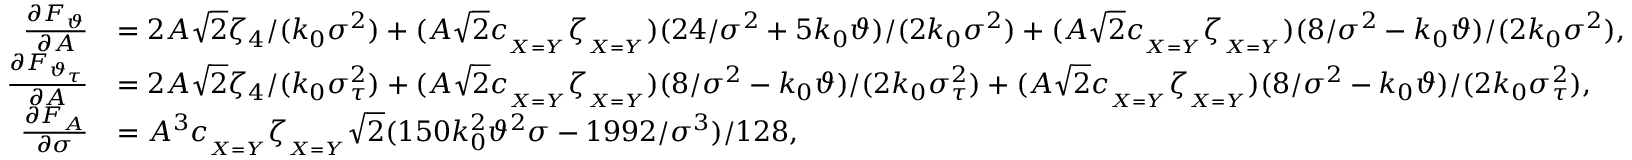
\begin{array} { r l } { \frac { \partial F _ { \vartheta } } { \partial A } } & { = 2 A \sqrt { 2 } \zeta _ { 4 } / ( k _ { 0 } \sigma ^ { 2 } ) + ( A \sqrt { 2 } c _ { _ { X = Y } } \zeta _ { _ { X = Y } } ) ( 2 4 / \sigma ^ { 2 } + 5 k _ { 0 } \vartheta ) / ( 2 k _ { 0 } \sigma ^ { 2 } ) + ( A \sqrt { 2 } c _ { _ { X = Y } } \zeta _ { _ { X = Y } } ) ( 8 / \sigma ^ { 2 } - k _ { 0 } \vartheta ) / ( 2 k _ { 0 } \sigma ^ { 2 } ) , } \\ { \frac { \partial F _ { \vartheta _ { \tau } } } { \partial A } } & { = 2 A \sqrt { 2 } \zeta _ { 4 } / ( k _ { 0 } \sigma _ { \tau } ^ { 2 } ) + ( A \sqrt { 2 } c _ { _ { X = Y } } \zeta _ { _ { X = Y } } ) ( 8 / \sigma ^ { 2 } - k _ { 0 } \vartheta ) / ( 2 k _ { 0 } \sigma _ { \tau } ^ { 2 } ) + ( A \sqrt { 2 } c _ { _ { X = Y } } \zeta _ { _ { X = Y } } ) ( 8 / \sigma ^ { 2 } - k _ { 0 } \vartheta ) / ( 2 k _ { 0 } \sigma _ { \tau } ^ { 2 } ) , } \\ { \frac { \partial F _ { A } } { \partial \sigma } } & { = A ^ { 3 } c _ { _ { X = Y } } \zeta _ { _ { X = Y } } \sqrt { 2 } ( 1 5 0 k _ { 0 } ^ { 2 } \vartheta ^ { 2 } \sigma - 1 9 9 2 / \sigma ^ { 3 } ) / 1 2 8 , } \end{array}